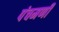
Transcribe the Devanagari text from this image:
पंचमणी